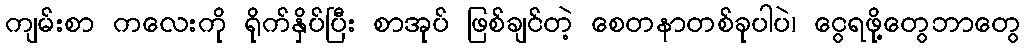
ကျမ်းစာ ကလေးကို ရိုက်နှိပ်ပြီး စာအုပ် ဖြစ်ချင်တဲ့ စေတနာတစ်ခုပါပဲ၊ ငွေရဖို့တွေဘာတွေ